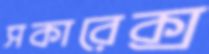
সকারেক্স